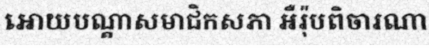
អោយបណ្តាសមាជិកសភា អឺរ៉ុបពិចារណា